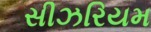
સીઝરિયમ